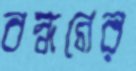
বন্ধনের